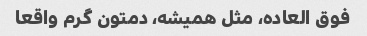
فوق العاده، مثل همیشه، دمتون گرم واقعا